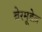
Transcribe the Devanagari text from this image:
बेरमूडेज़